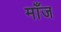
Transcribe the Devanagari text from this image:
माँज